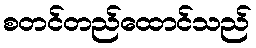
စတင်တည်ထောင်သည်